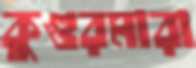
কুগুরমারা